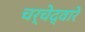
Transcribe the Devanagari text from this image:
चर्चेद्वारे